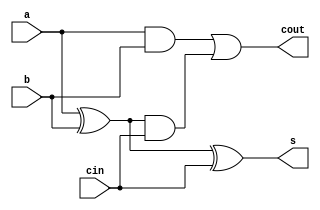
`timescale 1ns / 1ps
//////////////////////////////////////////////////////////////////////////////////
// Company: 
// Engineer: 
// 
// Design Name: 
// Module Name:    parallel_adder 
// Project Name: 
// Target Devices: 
// Tool versions: 
// Description: 
//
// Dependencies: 
//
// Revision: 
// Revision 0.01 - File Created
// Additional Comments: 
//
//////////////////////////////////////////////////////////////////////////////////
module full_adder(s,cout,a,b,cin);

output s,cout;
input a,b,cin;

wire w1,w2,w3;

xor x1(w1,a,b);
xor x2(s,w1,cin);

and a1(w2,a,b);
and a2(w3,w1,cin);

or o1(cout,w2,w3);

endmodule

module parallel_adder(sum,cout,a,b,cin);
output [3:0]sum;
output cout;

input [3:0]a;
input [3:0]b;
input cin;

wire[2:0]w;

full_adder FA1(sum[0],w[0],a[0],b[0],cin);
full_adder FA2(sum[1],w[1],a[1],b[1],w[0]);
full_adder FA3(sum[2],w[2],a[2],b[2],w[1]);
full_adder FA4(sum[3],cout,a[3],b[3],w[2]);

endmodule